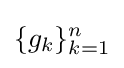
\{g_{k}\}_{k=1}^{n}